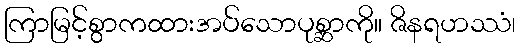
ကြာမြင့်စွာကထားအပ်သောပုစ္ဆာကို။ ဇိနရဟဿံ၊